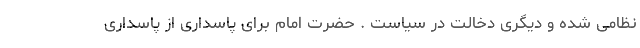
نظامی شده و دیگری دخالت در سیاست . حضرت امام برای پاسداری از پاسداری